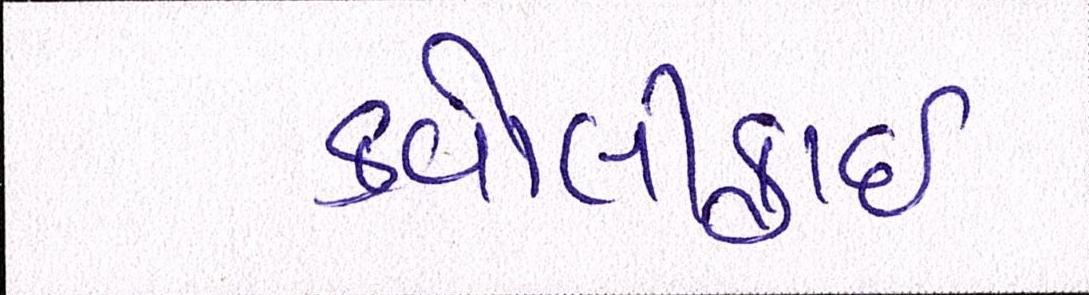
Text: કવોલીફાઈ